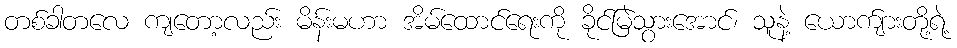
တစ်ခါတလေ ကျတော့လည်း မိန်းမဟာ အိမ်ထောင်ရေးကို ခိုင်မြဲသွားအောင်၊ သူနဲ့ ယောက်ျားတို့ရဲ့